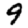
Digit: 9